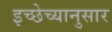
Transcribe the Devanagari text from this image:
इच्छेच्यानुसार